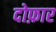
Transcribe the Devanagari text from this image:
दोफ़ार